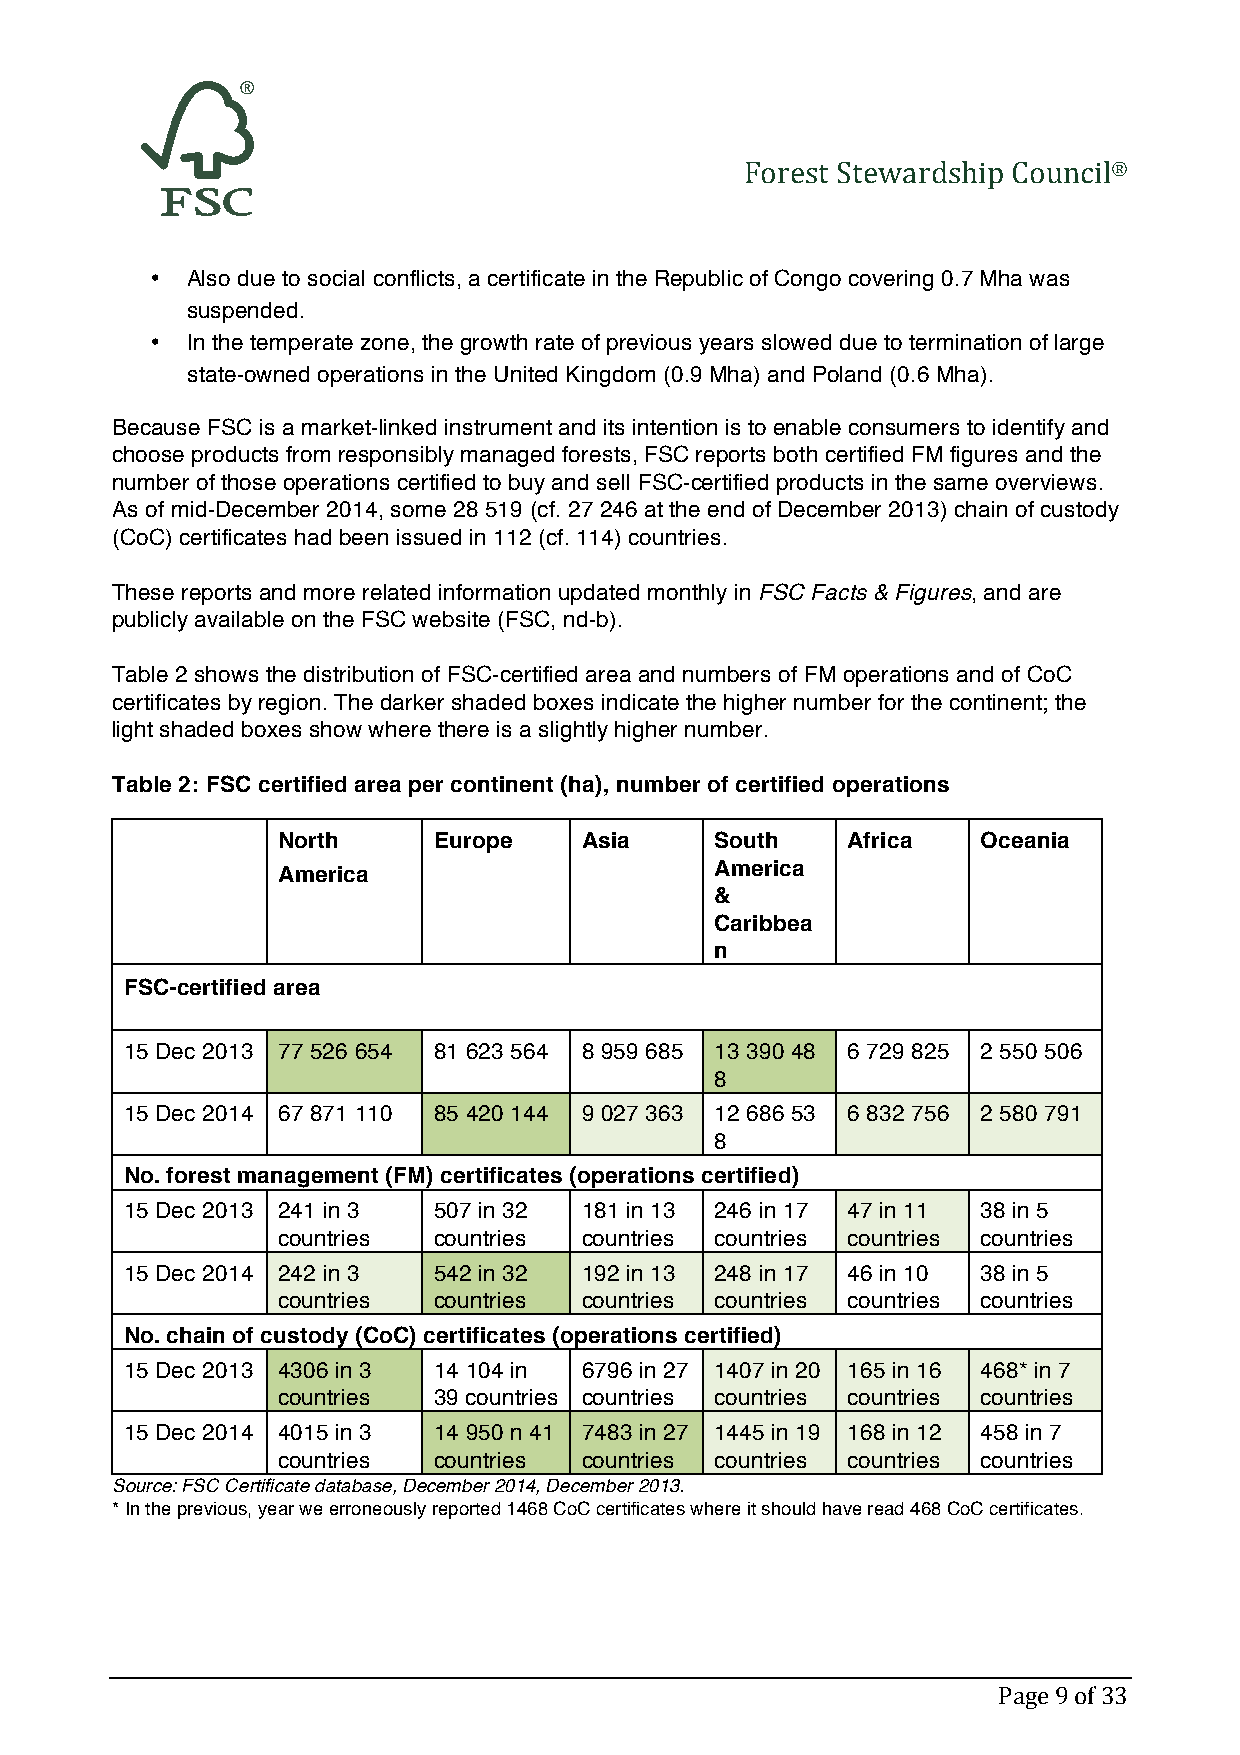
Forest Stewardship Council®
 • Also due to social conflicts, a certificate in the Republic of Congo covering 0.7 Mha was
 suspended.
 • In the temperate zone, the growth rate of previous years slowed due to termination of large
 state-owned operations in the United Kingdom (0.9 Mha) and Poland (0.6 Mha).
 Because FSC is a market-linked instrument and its intention is to enable consumers to identify and
 choose products from responsibly managed forests, FSC reports both certified FM figures and the
 number of those operations certified to buy and sell FSC-certified products in the same overviews.
 As of mid-December 2014, some 28 519 (cf. 27 246 at the end of December 2013) chain of custody
 (CoC) certificates had been issued in 112 (cf. 114) countries.
 These reports and more related information updated monthly in FSC Facts & Figures, and are
 publicly available on the FSC website (FSC, nd-b).
 Table 2 shows the distribution of FSC-certified area and numbers of FM operations and of CoC
 certificates by region. The darker shaded boxes indicate the higher number for the continent; the
 light shaded boxes show where there is a slightly higher number.
 Table 2: FSC certified area per continent (ha), number of certified operations
 North      Europe   Asia     South    Africa   Oceania
 America                      America
 &
 Caribbea
 n
 FSC-certified area
 15 Dec 2013 77 526 654 81 623 564 8 959 685 13 390 48 6 729 825 2 550 506
 8
 15 Dec 2014 67 871 110 85 420 144 9 027 363 12 686 53 6 832 756 2 580 791
 8
 No. forest management (FM) certificates (operations certified)
 15 Dec 2013 241 in 3 507 in 32 181 in 13 246 in 17 47 in 11 38 in 5
 countries  countries countries countries countries countries
 15 Dec 2014 242 in 3 542 in 32 192 in 13 248 in 17 46 in 10 38 in 5
 countries  countries countries countries countries countries
 No. chain of custody (CoC) certificates (operations certified)
 15 Dec 2013 4306 in 3 14 104 in 6796 in 27 1407 in 20 165 in 16 468* in 7
 countries  39 countries countries countries countries countries
 15 Dec 2014 4015 in 3 14 950 n 41 7483 in 27 1445 in 19 168 in 12 458 in 7
 countries  countries countries countries countries countries
 Source: FSC Certificate database, December 2014, December 2013.
 * In the previous, year we erroneously reported 1468 CoC certificates where it should have read 468 CoC certificates.
 Page 9 of 33